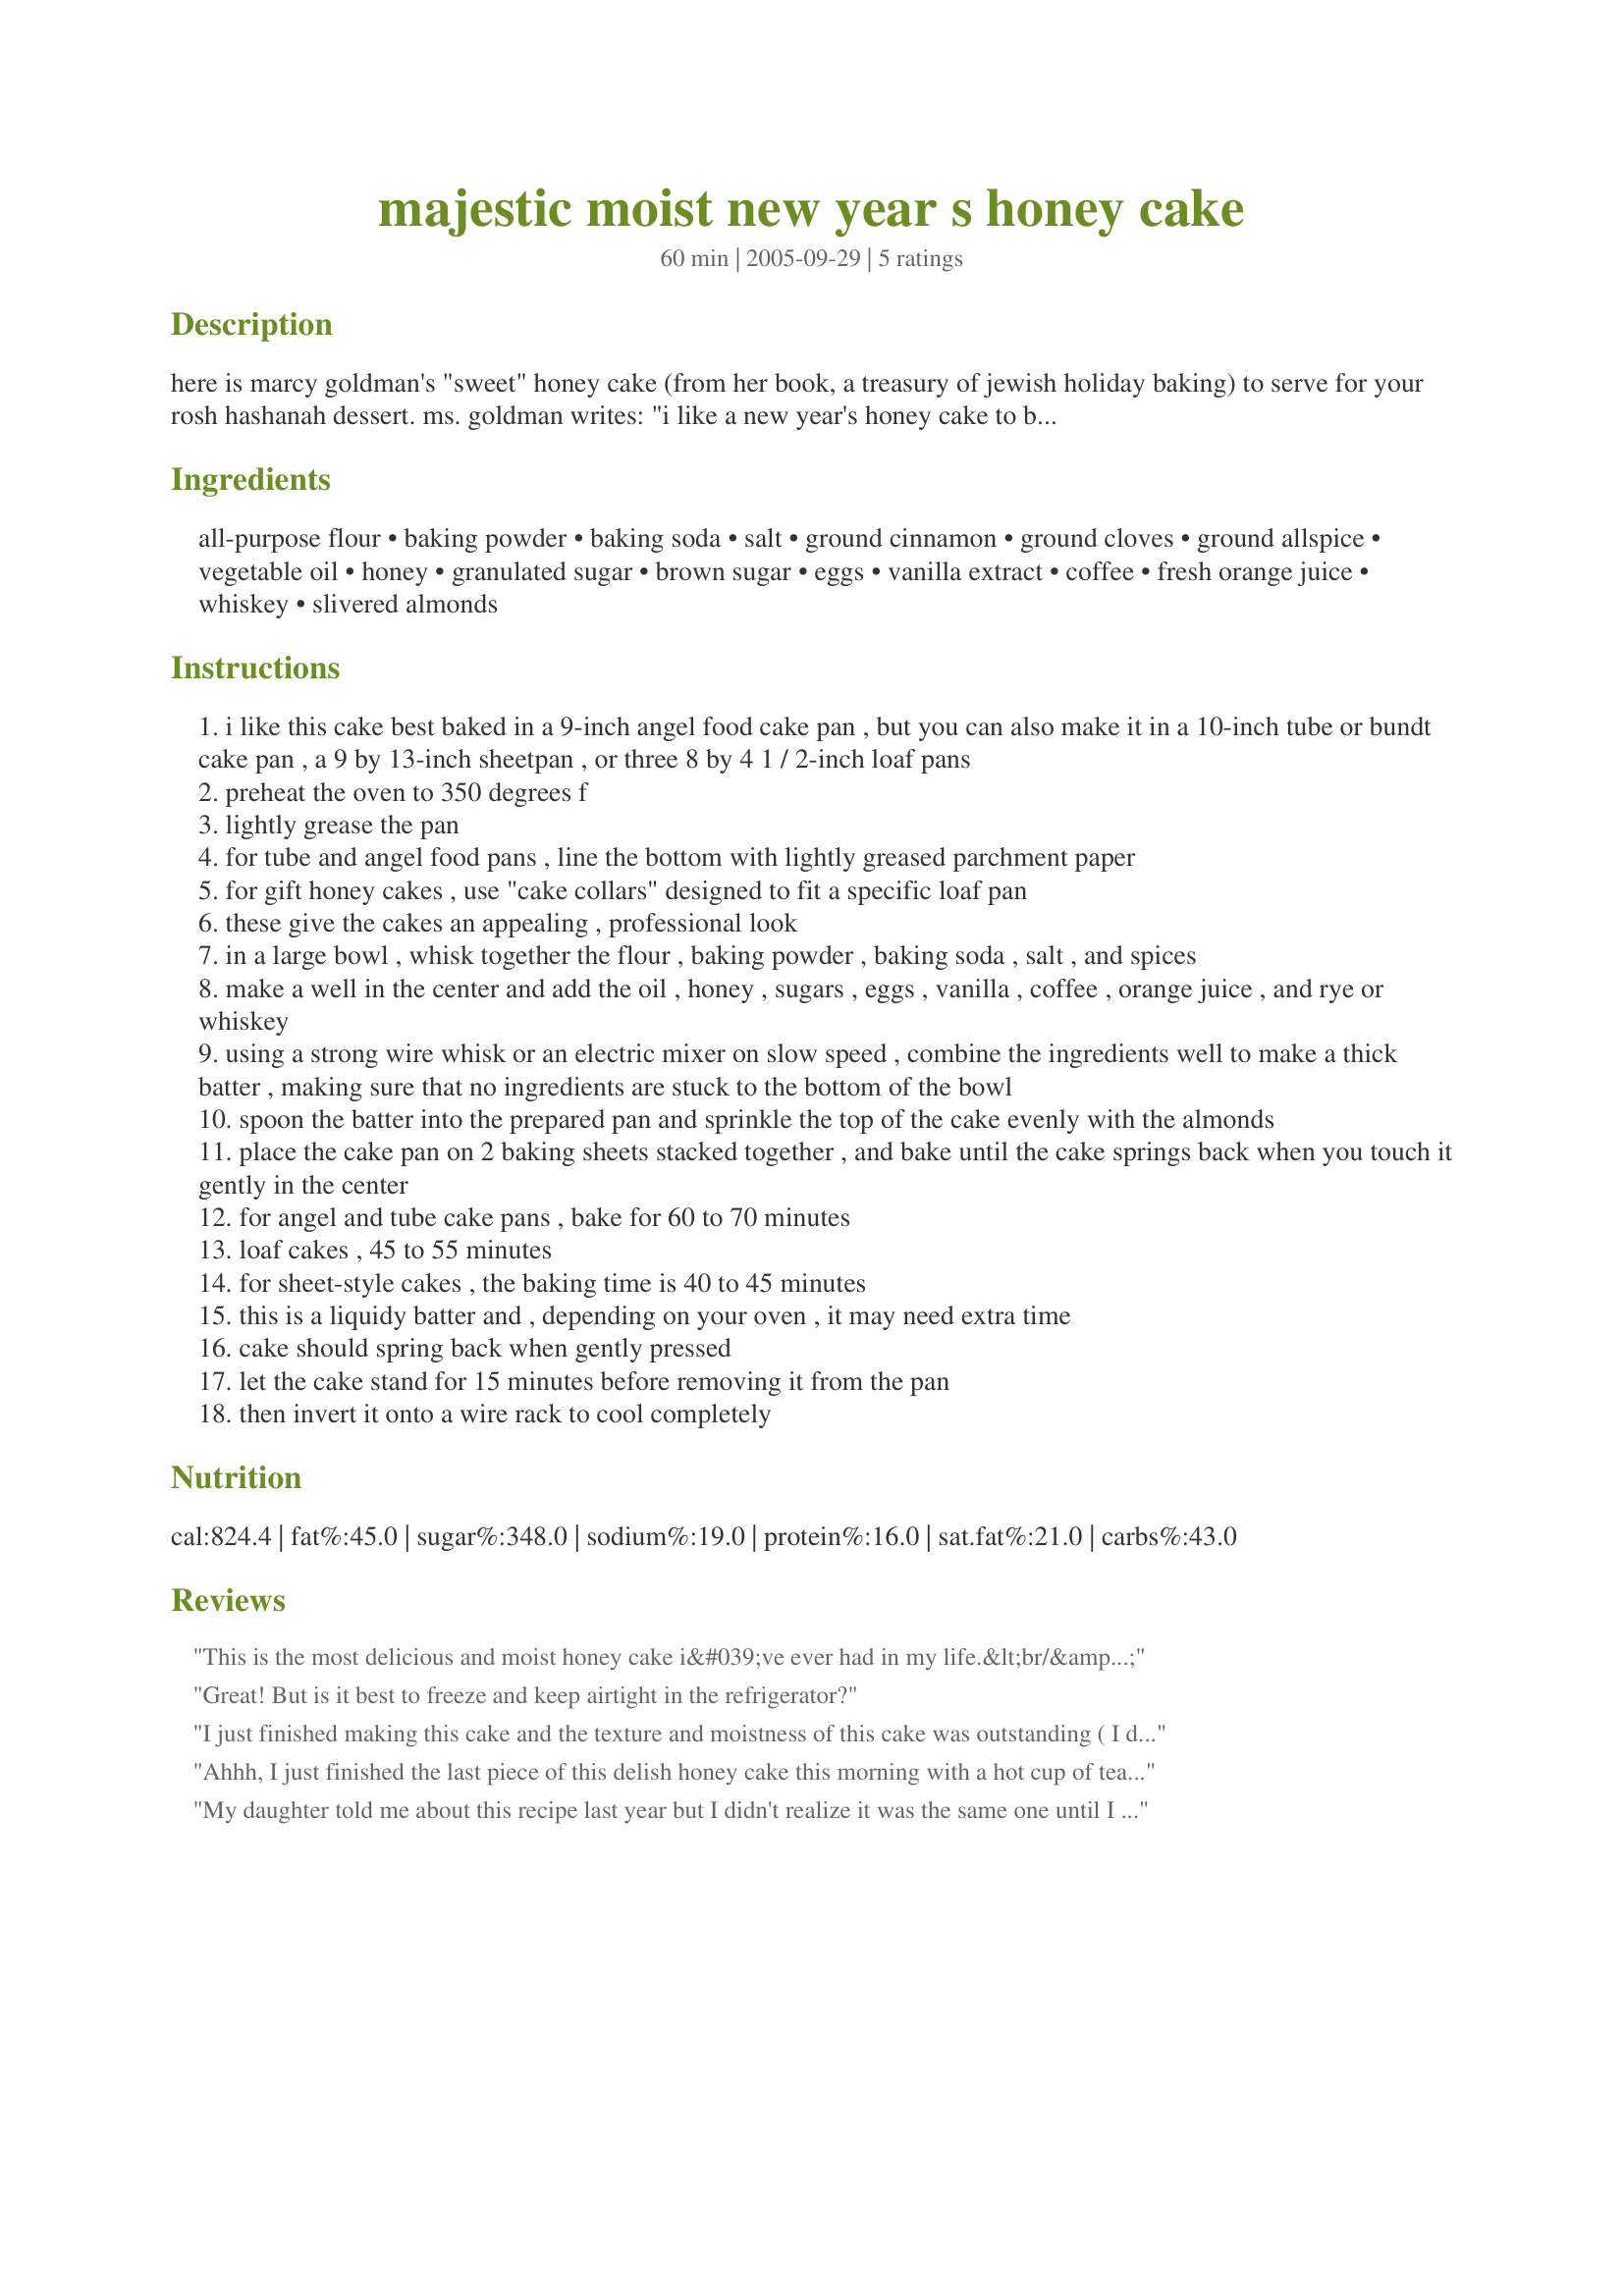
majestic moist new year s honey cake
Preparation time: 60 minutes

here is marcy goldman's "sweet" honey cake (from her book, a treasury of jewish holiday baking) to serve for your rosh hashanah dessert.

ms. goldman writes:
"i like a new year's honey cake to be extra moist and sweet, as good on the day of baking as it is days later: this one is queen of the realm--rich, nicely spiced, in a word, majestic in taste and stature. i went through many variations and tasting sessions until i was satisfied with this definitive cake. one taster gave the ultimate compliment, saying, "this one is worth the price of the book." like most honey cakes, it is a good keeper and can be made a couple of days ahead".

Ingredients:
all-purpose flour, baking powder, baking soda, salt, ground cinnamon, ground cloves, ground allspice, vegetable oil, honey, granulated sugar, brown sugar, eggs, vanilla extract, coffee, fresh orange juice, whiskey, slivered almonds

Steps:
i like this cake best baked in a 9-inch angel food cake pan , but you can also make it in a 10-inch tube or bundt cake pan , a 9 by 13-inch sheetpan , or three 8 by 4 1 / 2-inch loaf pans
preheat the oven to 350 degrees f
lightly grease the pan
for tube and angel food pans , line the bottom with lightly greased parchment paper
for gift honey cakes , use "cake collars" designed to fit a specific loaf pan
these give the cakes an appealing , professional look
in a large bowl , whisk together the flour , baking powder , baking soda , salt , and spices
make a well in the center and add the oil , honey , sugars , eggs , vanilla , coffee , orange juice , and rye or whiskey
using a strong wire whisk or an electric mixer on slow speed , combine the ingredients well to make a thick batter , making sure that no ingredients are stuck to the bottom of the bowl
spoon the batter into the prepared pan and sprinkle the top of the cake evenly with the almonds
place the cake pan on 2 baking sheets stacked together , and bake until the cake springs back when you touch it gently in the center
for angel and tube cake pans , bake for 60 to 70 minutes
loaf cakes , 45 to 55 minutes
for sheet-style cakes , the baking time is 40 to 45 minutes
this is a liquidy batter and , depending on your oven , it may need extra time
cake should spring back when gently pressed
let the cake stand for 15 minutes before removing it from the pan
then invert it onto a wire rack to cool completely

Reviews:
This is the most delicious and moist honey cake i&#039;ve ever had in my life.&lt;br/&gt;usually you pray for some moistness and most good recipes you can doctor up.&lt;br/&gt;but!!! This masterpiece needed no doctoring from the first time I ever made it about 4 years again.This cake if wrapped tightly can last for ever in youor refridgerator. Now i&#039;m going to try to tackle my own taiglach,now that I have a sturdy candy thermometer i&#039;m not to worried,but if anyone ooout ther with tips ,please fill me in-this recipe by marcy goldman is also in her cookbook called a (treasury of jewish hholiday baking,and this year i&#039;m splurging and getting it.On amazon it&#039;s worth it. I read my friends and you&#039;ll have all the wonderful cakes and deserts you&#039;d remember froooom when you were a child,bye know and let me know how you liked this honey cake,joanie
Great! But is it best to freeze and keep airtight in the refrigerator?
I just finished making this cake and the texture and moistness of this cake was outstanding ( I did add an extra egg ). My only issue with this is that people that do not appreciate spicy cakes and children in particular probably will not enjoy this. Were I to make this again I would eliminate using the cloves entirely.
Ahhh, I just finished the last piece of this delish honey cake this morning with a hot cup of tea. It was as moist today as it was ten days ago when I baked it. The recipe was enough for two regular loaf pans and four mini pans...and I was happy that I did it that way as my guests asked for more to take home...thus the mini's! The only reason this did not get 5 stars is because I personally found it a bit too sweet, but this was not so for some of my guests. This also could be due to using more orange juice instead of whiskey. The two loaf pans took about 85 minutes to get done (I covered the tops at 1 hr) but this could be my oven's fault. All in all, this was an easy recipe to follow and lived up to its name...It sure was a "Honey"!
My daughter told me about this recipe last year but I didn't realize it was the same one until I told her the ingredients. This is the absolute best recipe! I added all the spices and whiskey. The batter said a good deal but not everything. The finished product was unbelievable. A huge hit at my Rosh Hashannah dinners.
